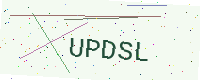
Text: UPDSL